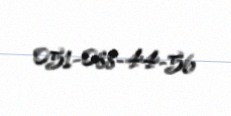
051-088-44-56